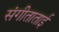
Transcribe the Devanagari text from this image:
संगीताताई